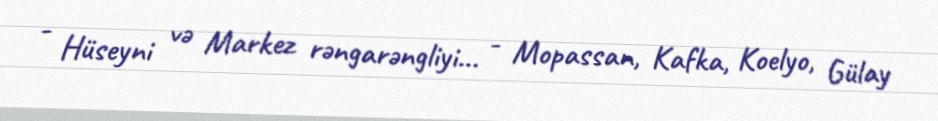
- Hüseyni və Markez rəngarəngliyi... - Mopassan, Kafka, Koelyo, Gülay